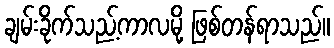
ချမ်းခိုက်သည့်ကာလမို့ ဖြစ်တန်ရာသည်။